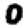
Digit: 0